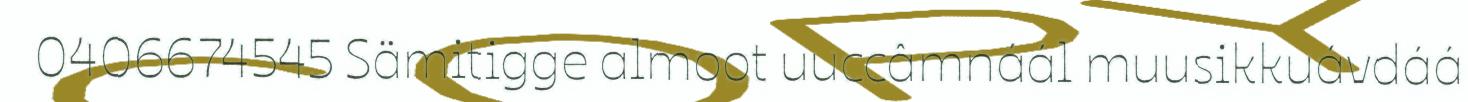
0406674545 Sämitigge almoot uuccâmnáál muusikkuávdáá